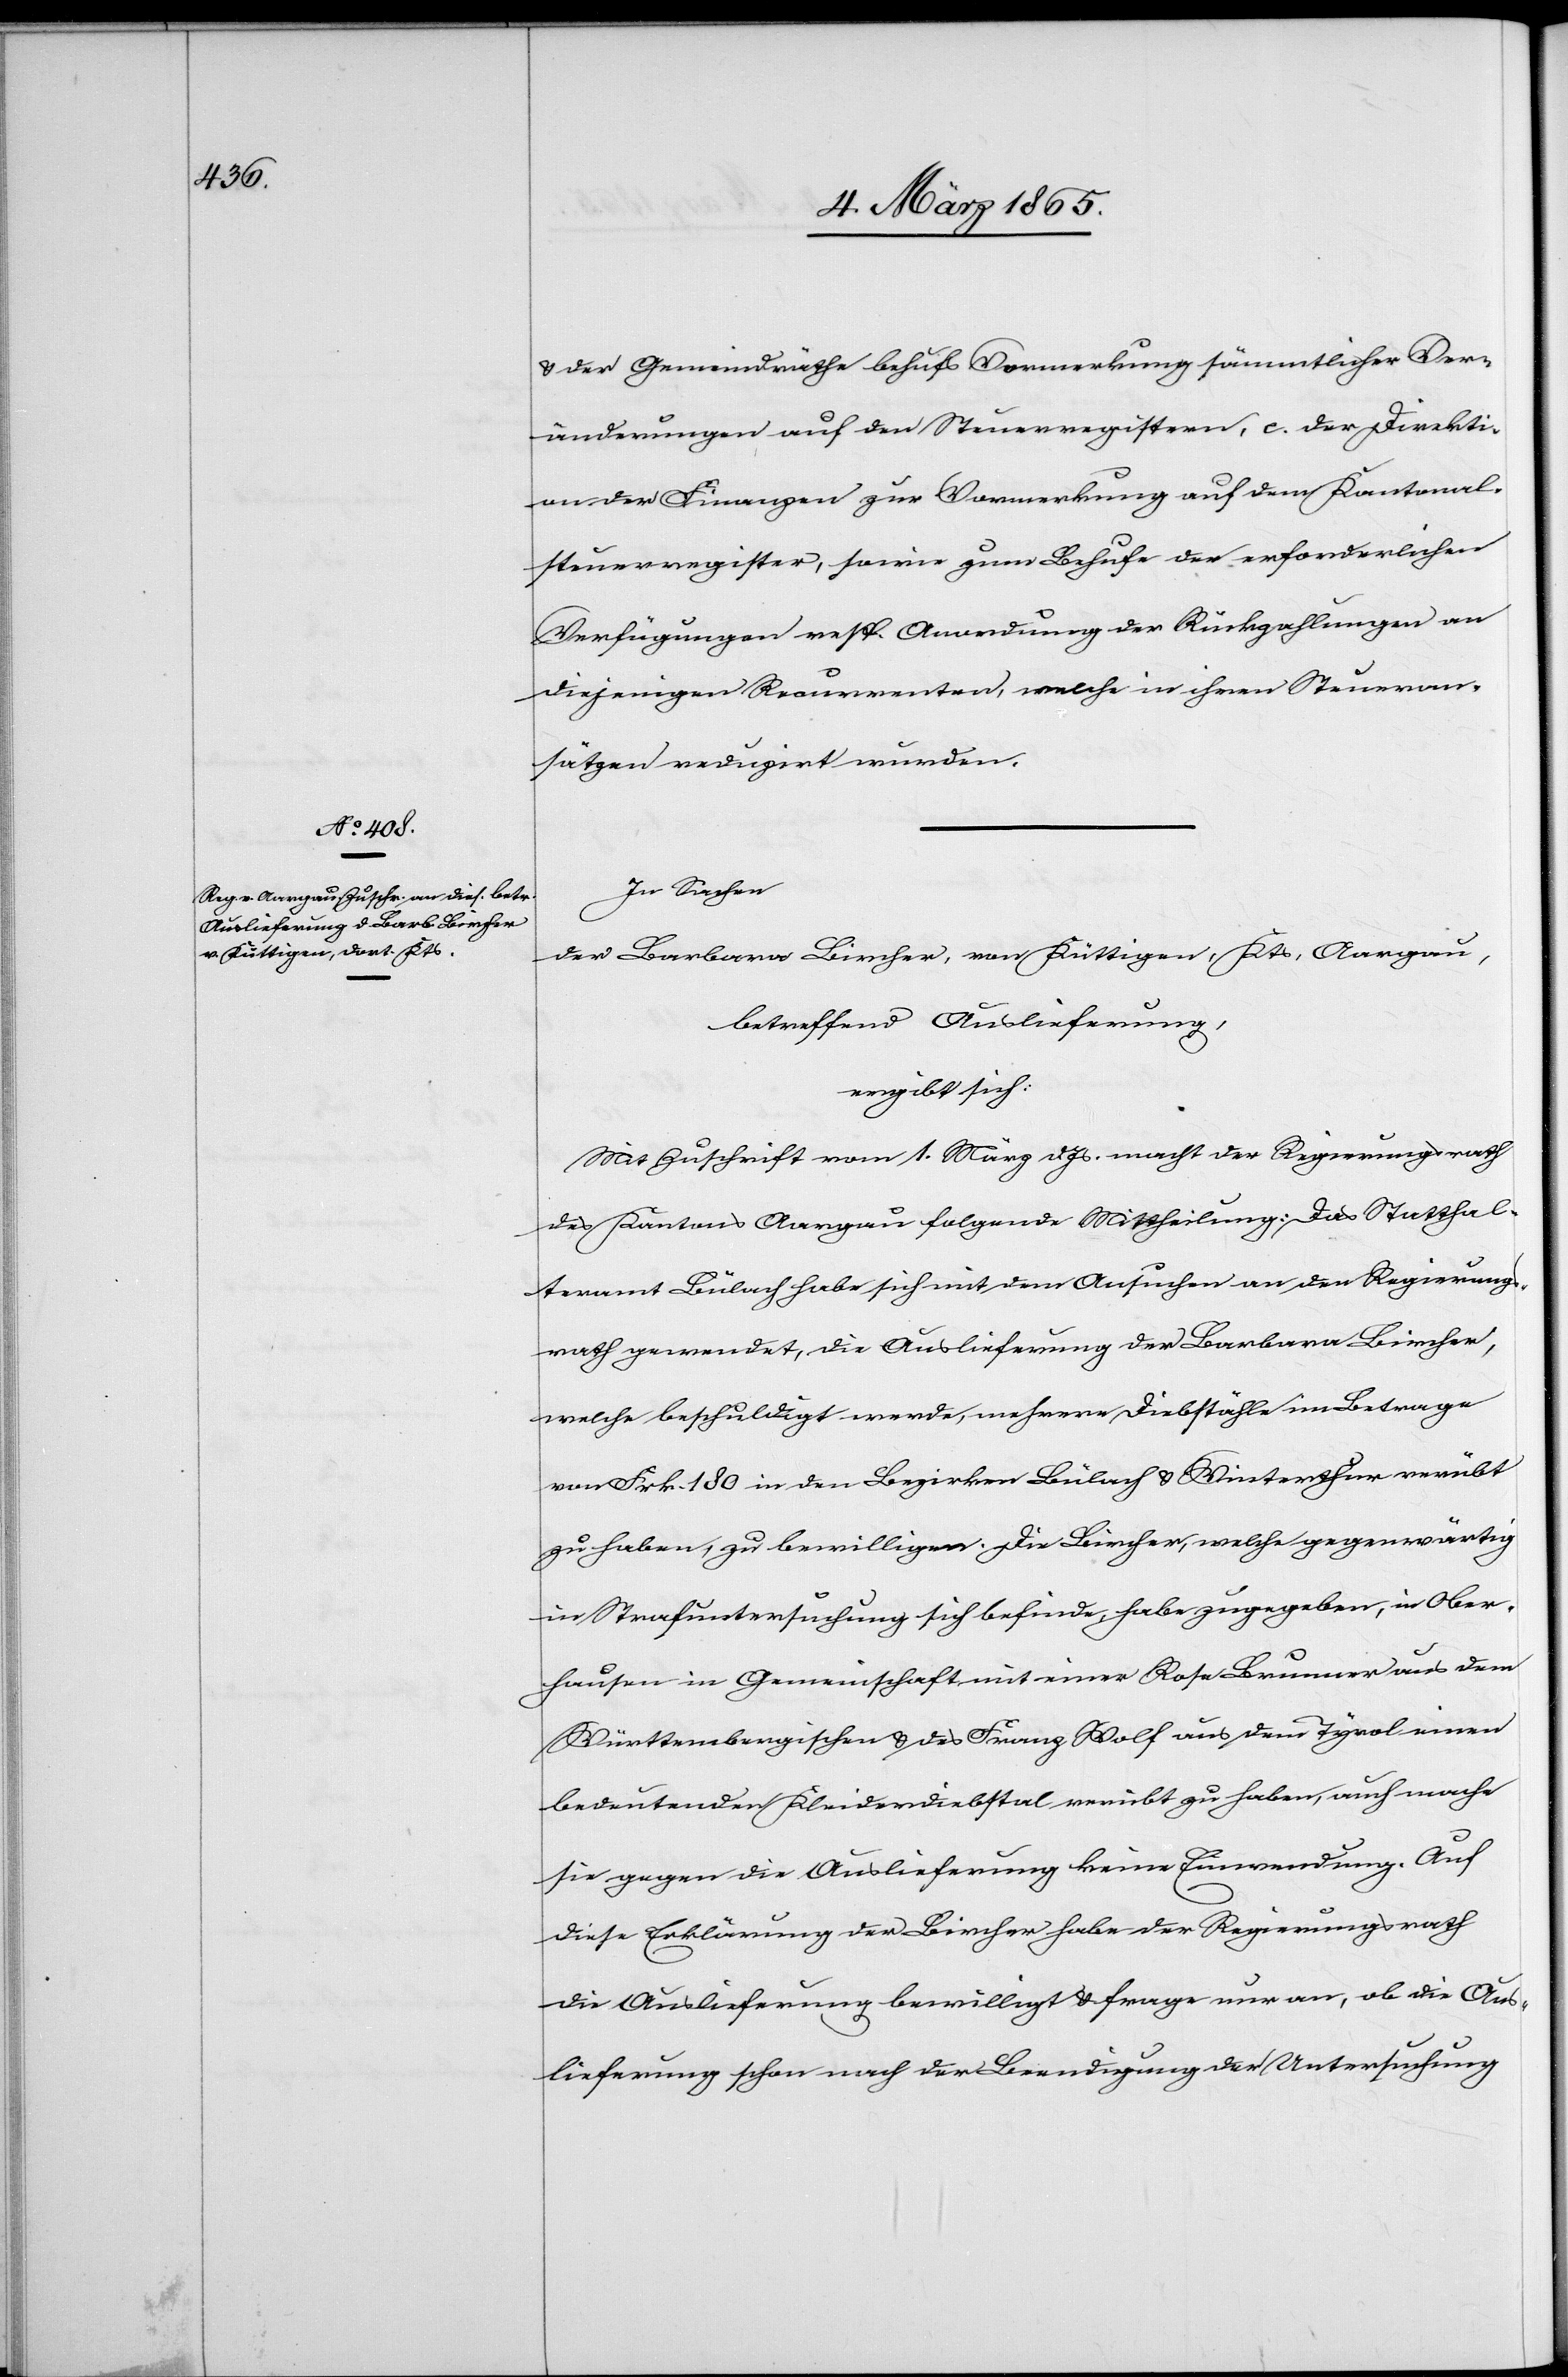
u. der Gemeindräthe behufs Vormerkung sämmtlicher Ver¬
änderungen auf den Steuerregistern, c. der Direkti¬
on der Finanzen zur Vormerkung auf dem Kantonal¬
steuerregister, sowie zum Behufe der erforderlichen
Verfügungen resp. Anordnung der Rückzahlungen an
diejenigen Recurrenten, welche in ihren Steueran¬
sätzen reduzirt wurden.
In Sachen
der Barbara Bircher, von Küttigen, Kts. Aargau,
betreffend Auslieferung,
ergibt sich:
Mit Zuschrift vom 1. März d. Js. macht der Regierungsrath
des Kantons Aargau folgende Mittheilung: Das Statthal¬
teramt Bülach habe sich mit dem Ansuchen an den Regierungs¬
rath gewendet, die Auslieferung der Barbara Bircher,
welche beschuldigt werde, mehrere Diebstähle im Betrage
von Frk. 180 in den Bezirken Bülach u. Winterthur verübt
zu haben, zu bewilligen. Die Bircher, welche gegenwärtig
in Strafuntersuchung sich befinde, habe zugegeben, in Ober¬
hausen in Gemeinschaft mit einer Rose Brunner aus dem
Württembergischen u. des Franz Wolf aus dem Tyrol einen
bedeutenden Kleiderdiebstal verübt zu haben, auch mache
sie gegen die Auslieferung keine Einwendung. Auf
diese Erklärung der Bircher habe der Regierungsrath
die Auslieferung bewilligt u. frage nur an, ob die Aus¬
lieferung schon nach der Beendigung der Untersuchung